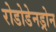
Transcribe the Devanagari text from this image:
रोडोडेनड्रोन